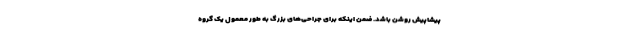
پیشاپیش روشن باشد. ضمن اینکه برای جراحی‌های بزرگ به طور معمول یک گروه